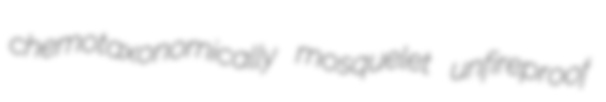
chemotaxonomically mosquelet unfireproof